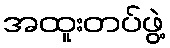
အထူးတပ်ဖွဲ့